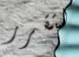
لتقرر